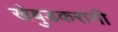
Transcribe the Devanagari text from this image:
खेबुडकरांनी